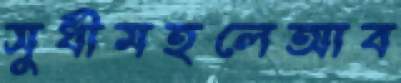
সুধীমহলেআব